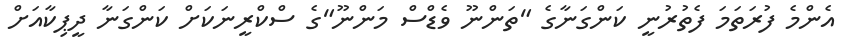
އެންމެ ފުރަތަމަ ފެތުރުނީ ކަންގަނާގެ "ތަންނޫ ވެޑްސް މަންނޫ"ގެ ސްކްރީނަކަށް ކަންގަނާ ދީޕިކާއަށް